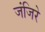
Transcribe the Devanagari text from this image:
जंजिरे